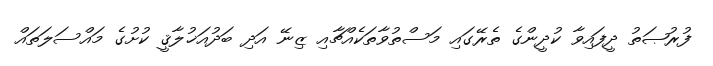
ފުރުޞަތު ދީފައިވާ ކުދީންގެ ތެރޭގައި މަސްތުވާތަކެއްޗާއި ޒިނޭ އަދި ބަދުއަޚުލާޤީ ކުށުގެ މައްސަލަތައް